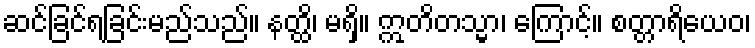
ဆင်ခြင်ရခြင်းမည်သည်။ နတ္ထိ၊ မရှိ။ ဣတိတသ္မာ၊ ကြောင့်။ စတ္တာရိယေဝ၊